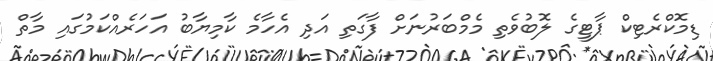
ޑިމޮކްރެޓިކް ޕާޓީގެ ލޮބުވެތި މެމްބަރުނަށް ފާގަތި އަދި އެހާމެ ކާމިޔާބު އަހަރެއްކަމުގައި މާތް